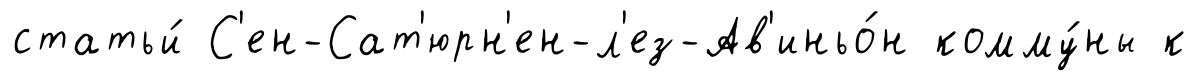
статьи́ С'ен-Сат'юрн'ен-л'ез-Ав'иньо́н комму́ны к